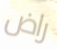
راض